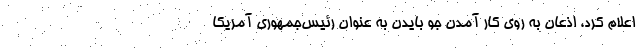
اعلام کرد، اذعان به روی کار آمدن جو بایدن به عنوان رئیس‌جمهوری آمریکا